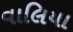
વાલિયા